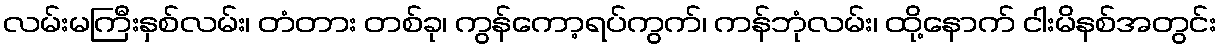
လမ်းမကြီးနှစ်လမ်း၊ တံတား တစ်ခု၊ ကွန်ကော့ရပ်ကွက်၊ ကန်ဘုံလမ်း၊ ထို့နောက် ငါးမိနစ်အတွင်း